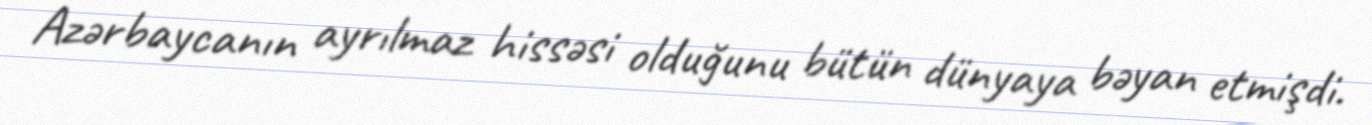
Azərbaycanın ayrılmaz hissəsi olduğunu bütün dünyaya bəyan etmişdi.